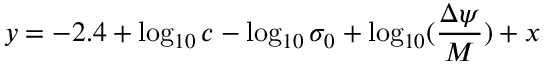
y = - 2 . 4 + \log _ { 1 0 } { c } - \log _ { 1 0 } { \sigma _ { 0 } } + \log _ { 1 0 } ( \frac { \Delta \psi } { M } ) + x